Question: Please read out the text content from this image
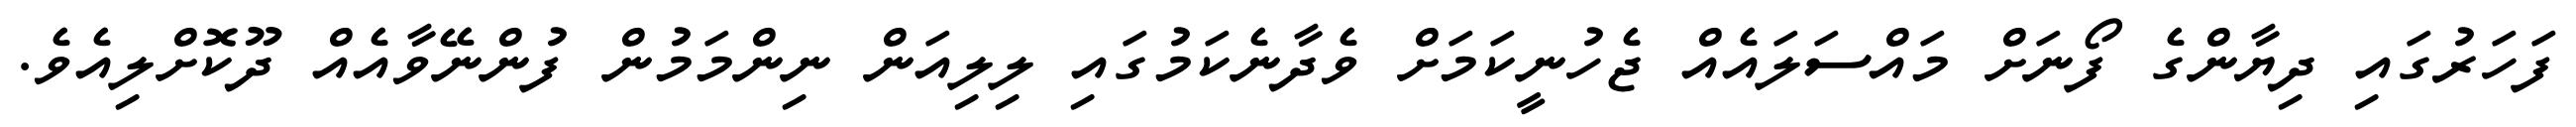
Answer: ފަހަރުގައި ދިޔާންގެ ފޯނަށް މައްސަލައެއް ޖެހުނީކަމަށް ވެދާނެކަމުގައި ލިލިއަން ނިންމަމުން ފުންނޭވާއެއް ދޫކޮށްލިއެވެ.